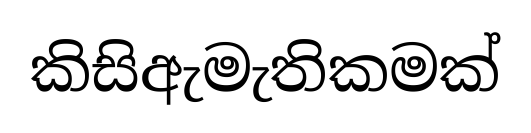
කිසිඇමැතිකමක්